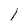
Character: l